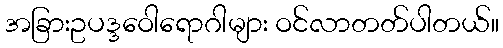
အခြားဥပဒ္ဒဝေါရောဂါများ ဝင်လာတတ်ပါတယ်။